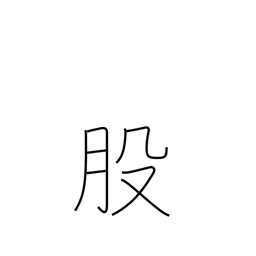
Meaning: thigh